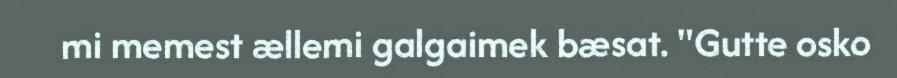
mi memest ællemi galgaimek bæsat. "Gutte osko